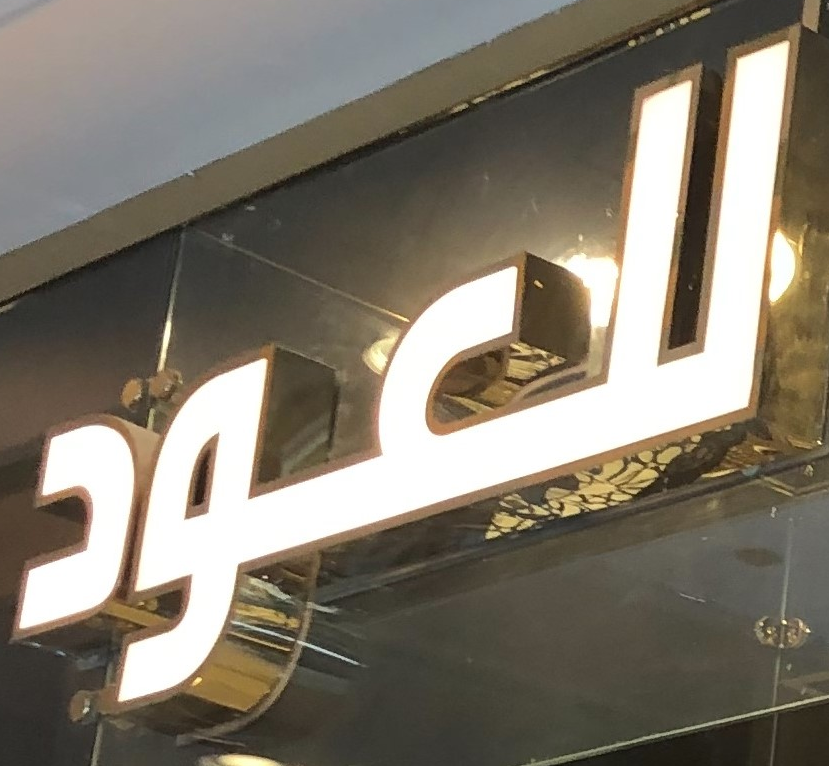
للعود